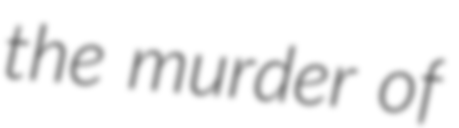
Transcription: the murder of